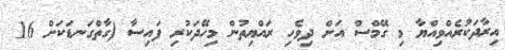
އިރާދަކުރެއްވިއްޔާ މި ގޭމްސް އަށް ދިވެހި ރައްޔިތުން މިހޭދަކުރި ފައިސާ (ގާތްގަނޑަކަށް 16